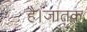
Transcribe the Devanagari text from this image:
है।जातक